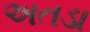
અતડા